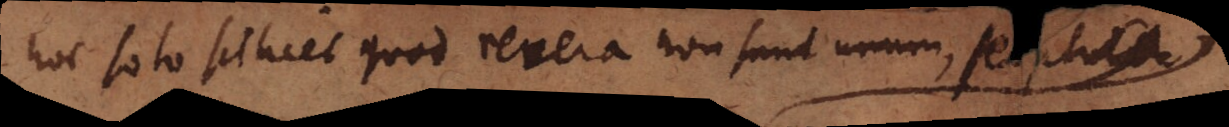
hoc solo scilicet quod revera non sunt unum, sed plura